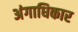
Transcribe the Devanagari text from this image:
अंगाधिकार